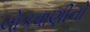
લોકવાણીનો